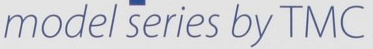
model series by TMC